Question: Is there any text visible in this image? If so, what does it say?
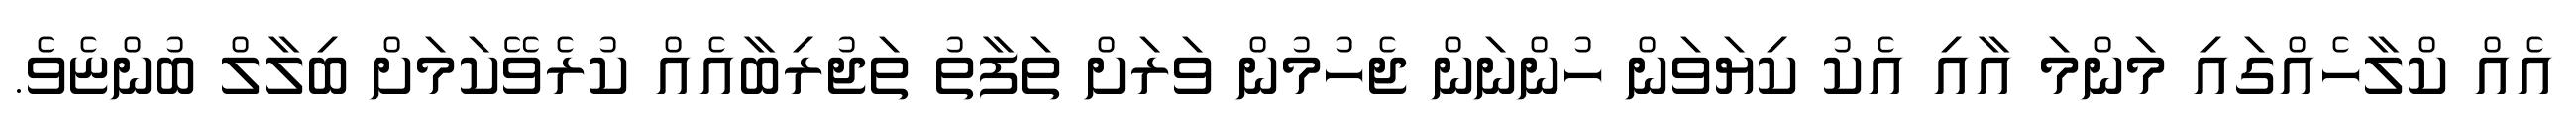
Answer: އެއް ކްލާހެއްގައި މަންމަ އާއި އެކު ކިޔަވަން ހުންނަން ޖެހުމުން ވަރަށް ތަފާތު ތަޖުރިބާއެއް ކުރެވޭކަމަށް ބިލާލް ބުންޏެވެ.